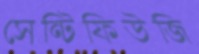
সেন্টিফিউজি